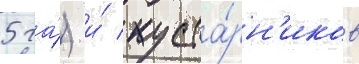
5 га́) и́ куста́рн'иков